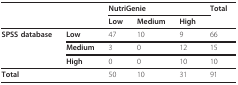
<table><thead><tr><td>[EMPTY_CELL]</td><td>[EMPTY_CELL]</td><td colspan="3"><b>NutriGenie</b></td><td><b>Total</b></td></tr><tr><td>[EMPTY_CELL]</td><td>[EMPTY_CELL]</td><td><b>Low</b></td><td><b>Medium</b></td><td><b>High</b></td><td>[EMPTY_CELL]</td></tr></thead><tbody><tr><td><b>SPSS database</b></td><td><b>Low</b></td><td>47</td><td>10</td><td>9</td><td>66</td></tr><tr><td>[EMPTY_CELL]</td><td><b>Medium</b></td><td>3</td><td>0</td><td>12</td><td>15</td></tr><tr><td>[EMPTY_CELL]</td><td><b>High</b></td><td>0</td><td>0</td><td>10</td><td>10</td></tr><tr><td colspan="2"><b>Total</b></td><td>50</td><td>10</td><td>31</td><td>91</td></tr></tbody></table>